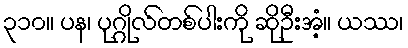
၃၁၀။ ပန၊ ပုဂ္ဂိုလ်တစ်ပါးကို ဆိုဦးအံ့။ ယဿ၊